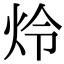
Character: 炩